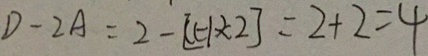
D - 2 A = 2 - [ ( - 1 ) \times 2 ] = 2 + 2 = 4